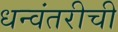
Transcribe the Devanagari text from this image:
धन्वंतरीची